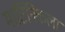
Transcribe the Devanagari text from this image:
मार्टिनिकला